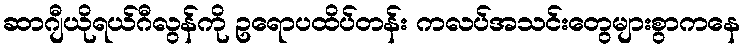
ဆာဂျီယိုရယ်ဂီလွန်ကို ဥရောပထိပ်တန်း ကလပ်အသင်းတွေများစွာကနေ